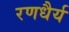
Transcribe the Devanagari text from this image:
रणधैर्य